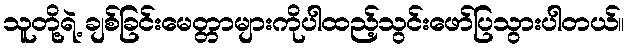
သူတို့ရဲ့ ချစ်ခြင်းမေတ္တာများကိုပါထည့်သွင်းဖော်ပြသွားပါတယ်။